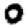
Digit: 0